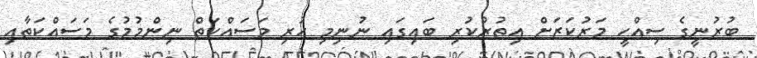
ބުރުނީގެ ސިއްހީ މަރުކަޒަށް އިތުރުކުރި ބައިގައި ނުނިމި ހުރި މަސައްކަތް ނިންމުމުގެ މަސައްކަތާއި